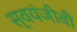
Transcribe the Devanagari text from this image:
स्वयंजीवी